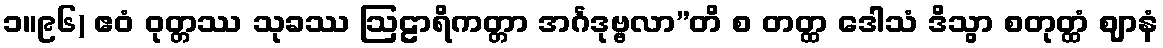
၁။၉၆) ဧဝံ ဝုတ္တဿ သုခဿ ဩဠာရိကတ္တာ အင်္ဂဒုဗ္ဗလာ”တိ စ တတ္ထ ဒေါသံ ဒိသွာ စတုတ္ထံ ဈာနံ